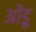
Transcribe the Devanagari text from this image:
ओंडू